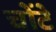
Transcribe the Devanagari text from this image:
चोंटे